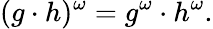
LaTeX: (g\cdot h)^{\omega}=g^{\omega}\cdot h^{\omega}.